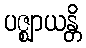
ပဇ္ဈာယန္တိ